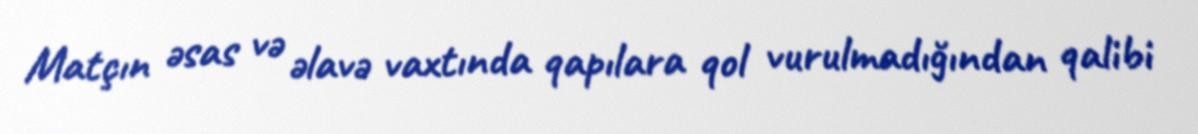
Matçın əsas və əlavə vaxtında qapılara qol vurulmadığından qalibi